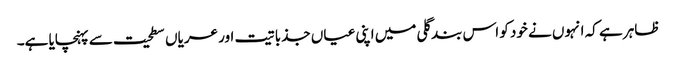
ظاہر ہے کہ انہوں نے خود کو اس بند گلی میں اپنی عیاں جذباتیت اور عریاں سطحیت سے پہنچایا ہے۔